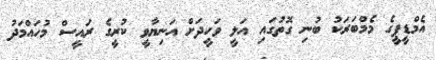
އެމްޑީޕީގެ މެމްބަރަކު ބުނި ގޮތުގައި އަލީ ވަހީދަށް އަނިޔާވީ ކުރީގެ ރައީސް މުހައްމަދު